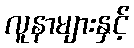
လူနာများနှင့်